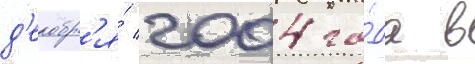
д'екабр'я́ 2004 го́да в